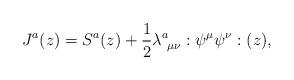
LaTeX: \begin{align*}J^{a}(z) = S^{a}(z) + \frac{1}{2} \lambda^{a}_{~\mu \nu} :\psi^{\mu} \psi^{\nu}:(z), \end{align*}